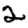
Digit: 2